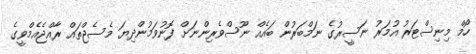
ހޯމް މިނިސްޓަރު އުމަރު ނަސީރުގެ ނަމްބަރުން ބައެއް ނޫސްވެރިންނަށް ފޮނުވަމުންދިޔަ މެސެޖްތައް ރާއްޖެއެމްވީގެ